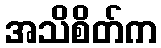
အသိစိတ်က